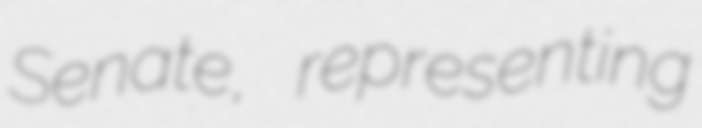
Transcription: Senate, representing